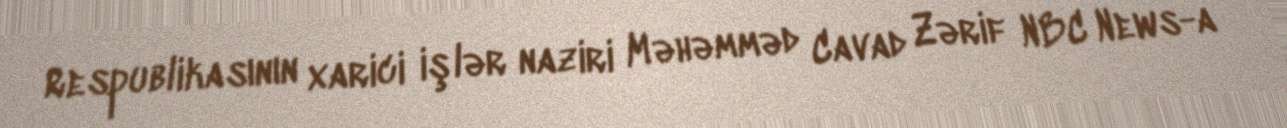
Respublikasının xarici işlər naziri Məhəmməd Cavad Zərif NBC News-a